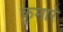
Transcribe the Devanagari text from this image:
कुमारे